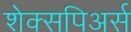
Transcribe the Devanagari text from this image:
शेक्सपिअर्स